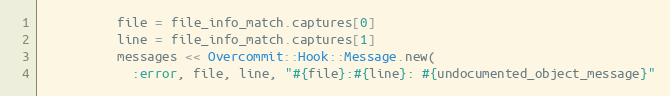
Language: Ruby
          file = file_info_match.captures[0]
          line = file_info_match.captures[1]
          messages << Overcommit::Hook::Message.new(
            :error, file, line, "#{file}:#{line}: #{undocumented_object_message}"